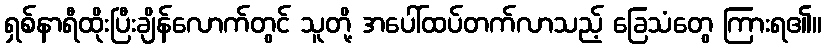
ရှစ်နာရီထိုးပြီးချိန်လောက်တွင် သူတို့ အပေါ်ထပ်တက်လာသည့် ခြေသံတွေ ကြားရ၏။